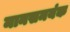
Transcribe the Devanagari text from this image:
मानसमयंक